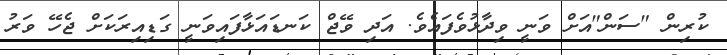
ކުރިން "ސަން"އަށް ވަނީ ވިދާޅުވެފައެވެ. އަދި ވޭޖް ކަނޑައަޅާފައިވަނީ ގަޑިއިރަކަށް ޖެހޭ ވަރު